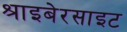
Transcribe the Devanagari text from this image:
श्राइबेरसाइट